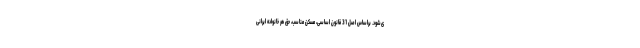
ی‌شود. براساس اصل 31 قانون اساسی، مسکن مناسب، حق هر خانواده ایرانی